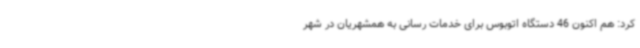
کرد: هم اکنون 46 دستگاه اتوبوس برای خدمات رسانی به همشهریان در شهر